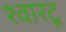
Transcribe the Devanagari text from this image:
श्वारटू